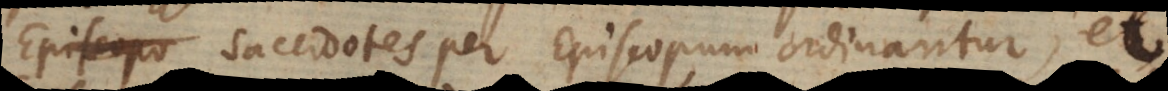
Episcopo sacerdotes per Episcopum ordinantur, et